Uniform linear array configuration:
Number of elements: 24
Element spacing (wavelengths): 0.75
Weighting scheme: exponential
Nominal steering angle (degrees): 15
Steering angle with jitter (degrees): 15.438
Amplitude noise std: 0.05
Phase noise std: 0.05

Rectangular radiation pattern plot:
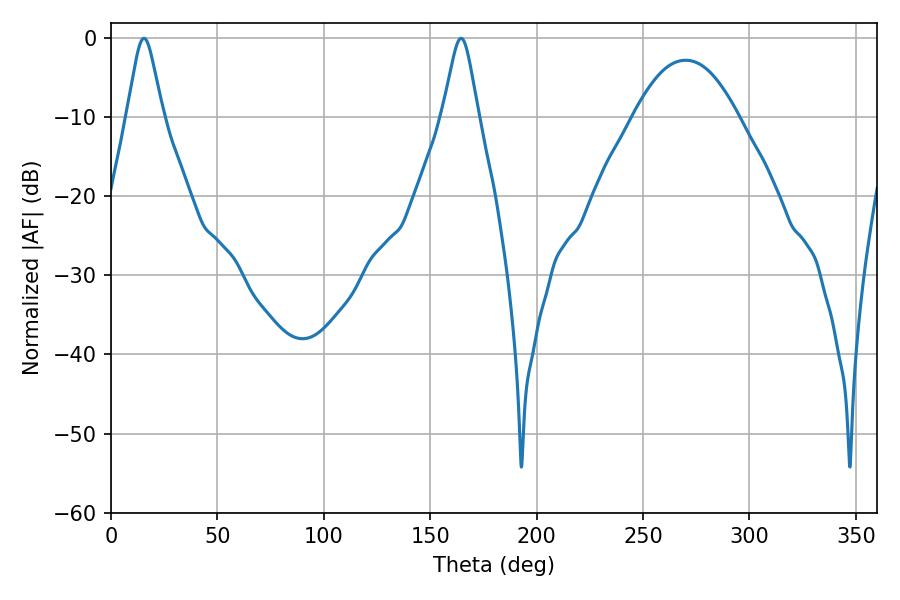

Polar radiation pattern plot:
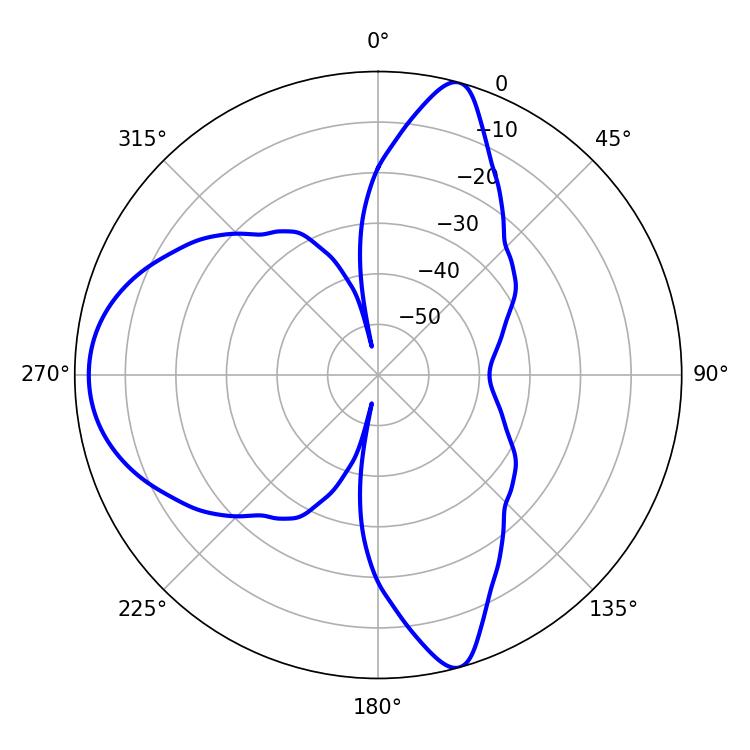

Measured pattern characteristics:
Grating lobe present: TRUE
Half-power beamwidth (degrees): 8.1
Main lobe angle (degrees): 15.48